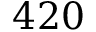
4 2 0